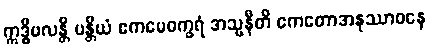
ဣဒ္ဓိဗလန္တိ ပန္တိယံ ဧကမေဝက္ခရံ အသ္မနီတိ ဧကတောအနုဿာဝနေ